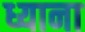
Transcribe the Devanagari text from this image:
ध्याना